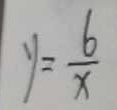
y = \frac { 6 } { x }